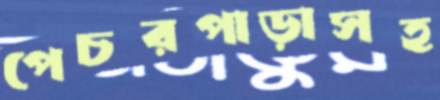
পেচরপাড়াসহ